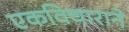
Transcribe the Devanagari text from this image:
एकविचाराने